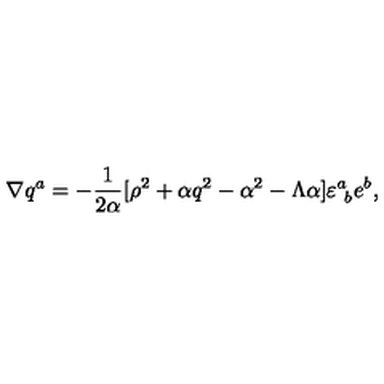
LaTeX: \nabla q ^ { a } = - { \frac { 1 } { 2 { \alpha } } } [ \rho ^ { 2 } + \alpha q ^ { 2 } - \alpha ^ { 2 } - \Lambda \alpha ] \varepsilon _ { \ b } ^ { a } e ^ { b } ,